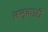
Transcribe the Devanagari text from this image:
जनूकाही